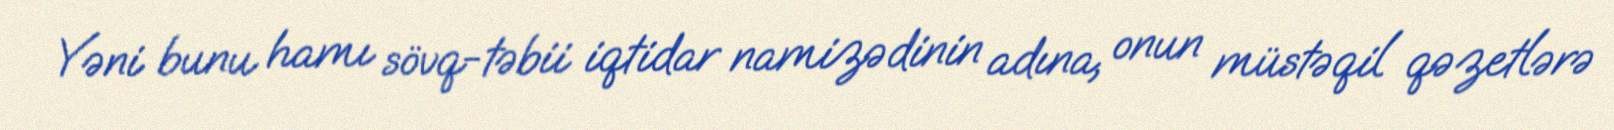
Yəni bunu hamı sövq-təbii iqtidar namizədinin adına, onun müstəqil qəzetlərə